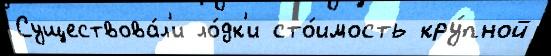
Существова́л'и ло́дк'и сто́имость кру́пной